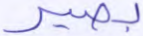
بصير